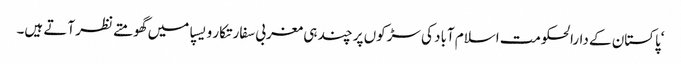
‘پاکستان کے دارالحکومت اسلام آباد کی سڑکوں پر چند ہی مغربی سفارتکار ویسپا میں گھومتے نظر آتے ہیں۔